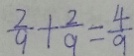
\frac { 2 } { 9 } + \frac { 2 } { 9 } = \frac { 4 } { 9 }